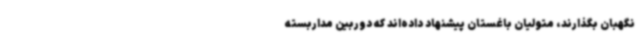
نگهبان بگذارند، متولیان باغستان پیشنهاد داده‌اند که دوربین مداربسته